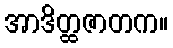
အာဒိတ္ထဇာတက။